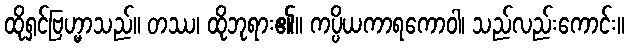
ထိုရှင်ဗြဟ္မာသည်။ တဿ၊ ထိုဘုရား၏။ ကပ္ပိယကာရကောဝါ၊ သည်လည်းကောင်း။